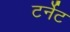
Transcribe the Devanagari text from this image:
टर्नेट